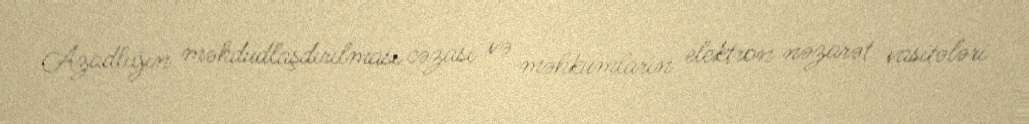
Azadlığın məhdudlaşdırılması cəzası və məhkumların elektron nəzarət vasitələri